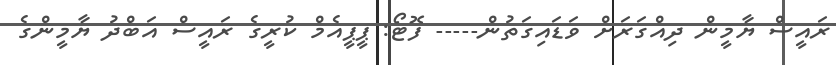
ރައީސް ޔާމީން ދިއްގަރަށް ވަޑައިގަތުން----- ފޮޓޯ: ޕީޕީއެމް ކުރީގެ ރައީސް އަބްދު ޔާމީންގެ